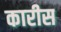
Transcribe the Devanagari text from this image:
कारीस